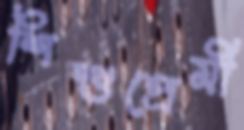
শিশুপ্রেমী